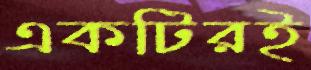
একটিরই